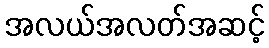
အလယ်အလတ်အဆင့်